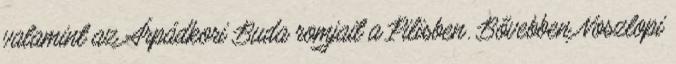
valamint az Árpádkori Buda romjait a Pilisben. Bővebben Noszlopi